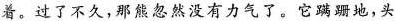
着。过了不久，那熊忽然没有力气了。它蹒跚地，头